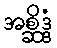
အစ္ဆိဒ္ဒံ